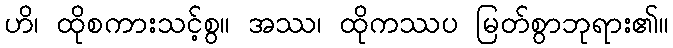
ဟိ၊ ထိုစကားသင့်စွ။ အဿ၊ ထိုကဿပ မြတ်စွာဘုရား၏။